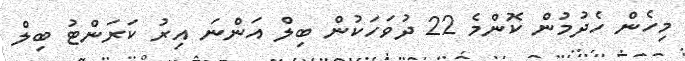
މިހެން ހެދުމުން ކޮންމެ 22 ދުވަހަކުން ބިލް އަންނަ އިރު ކަރަންޓު ބިލް